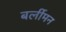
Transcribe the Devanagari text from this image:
बर्लीमन